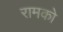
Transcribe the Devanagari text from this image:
रामको